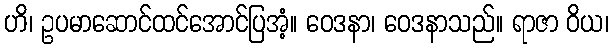
ဟိ၊ ဥပမာဆောင်ထင်အောင်ပြအံ့။ ဝေဒနာ၊ ဝေဒနာသည်။ ရာဇာ ဝိယ၊